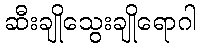
ဆီးချိုသွေးချိုရောဂါ